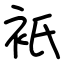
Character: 衹